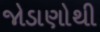
જોડાણોથી